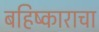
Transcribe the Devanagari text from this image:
बहिष्काराचा